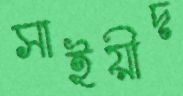
সাইয়ীদ